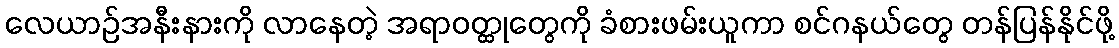
လေယာဉ်အနီးနားကို လာနေတဲ့ အရာဝတ္ထုတွေကို ခံစားဖမ်းယူကာ စင်ဂနယ်တွေ တန်ပြန်နိုင်ဖို့